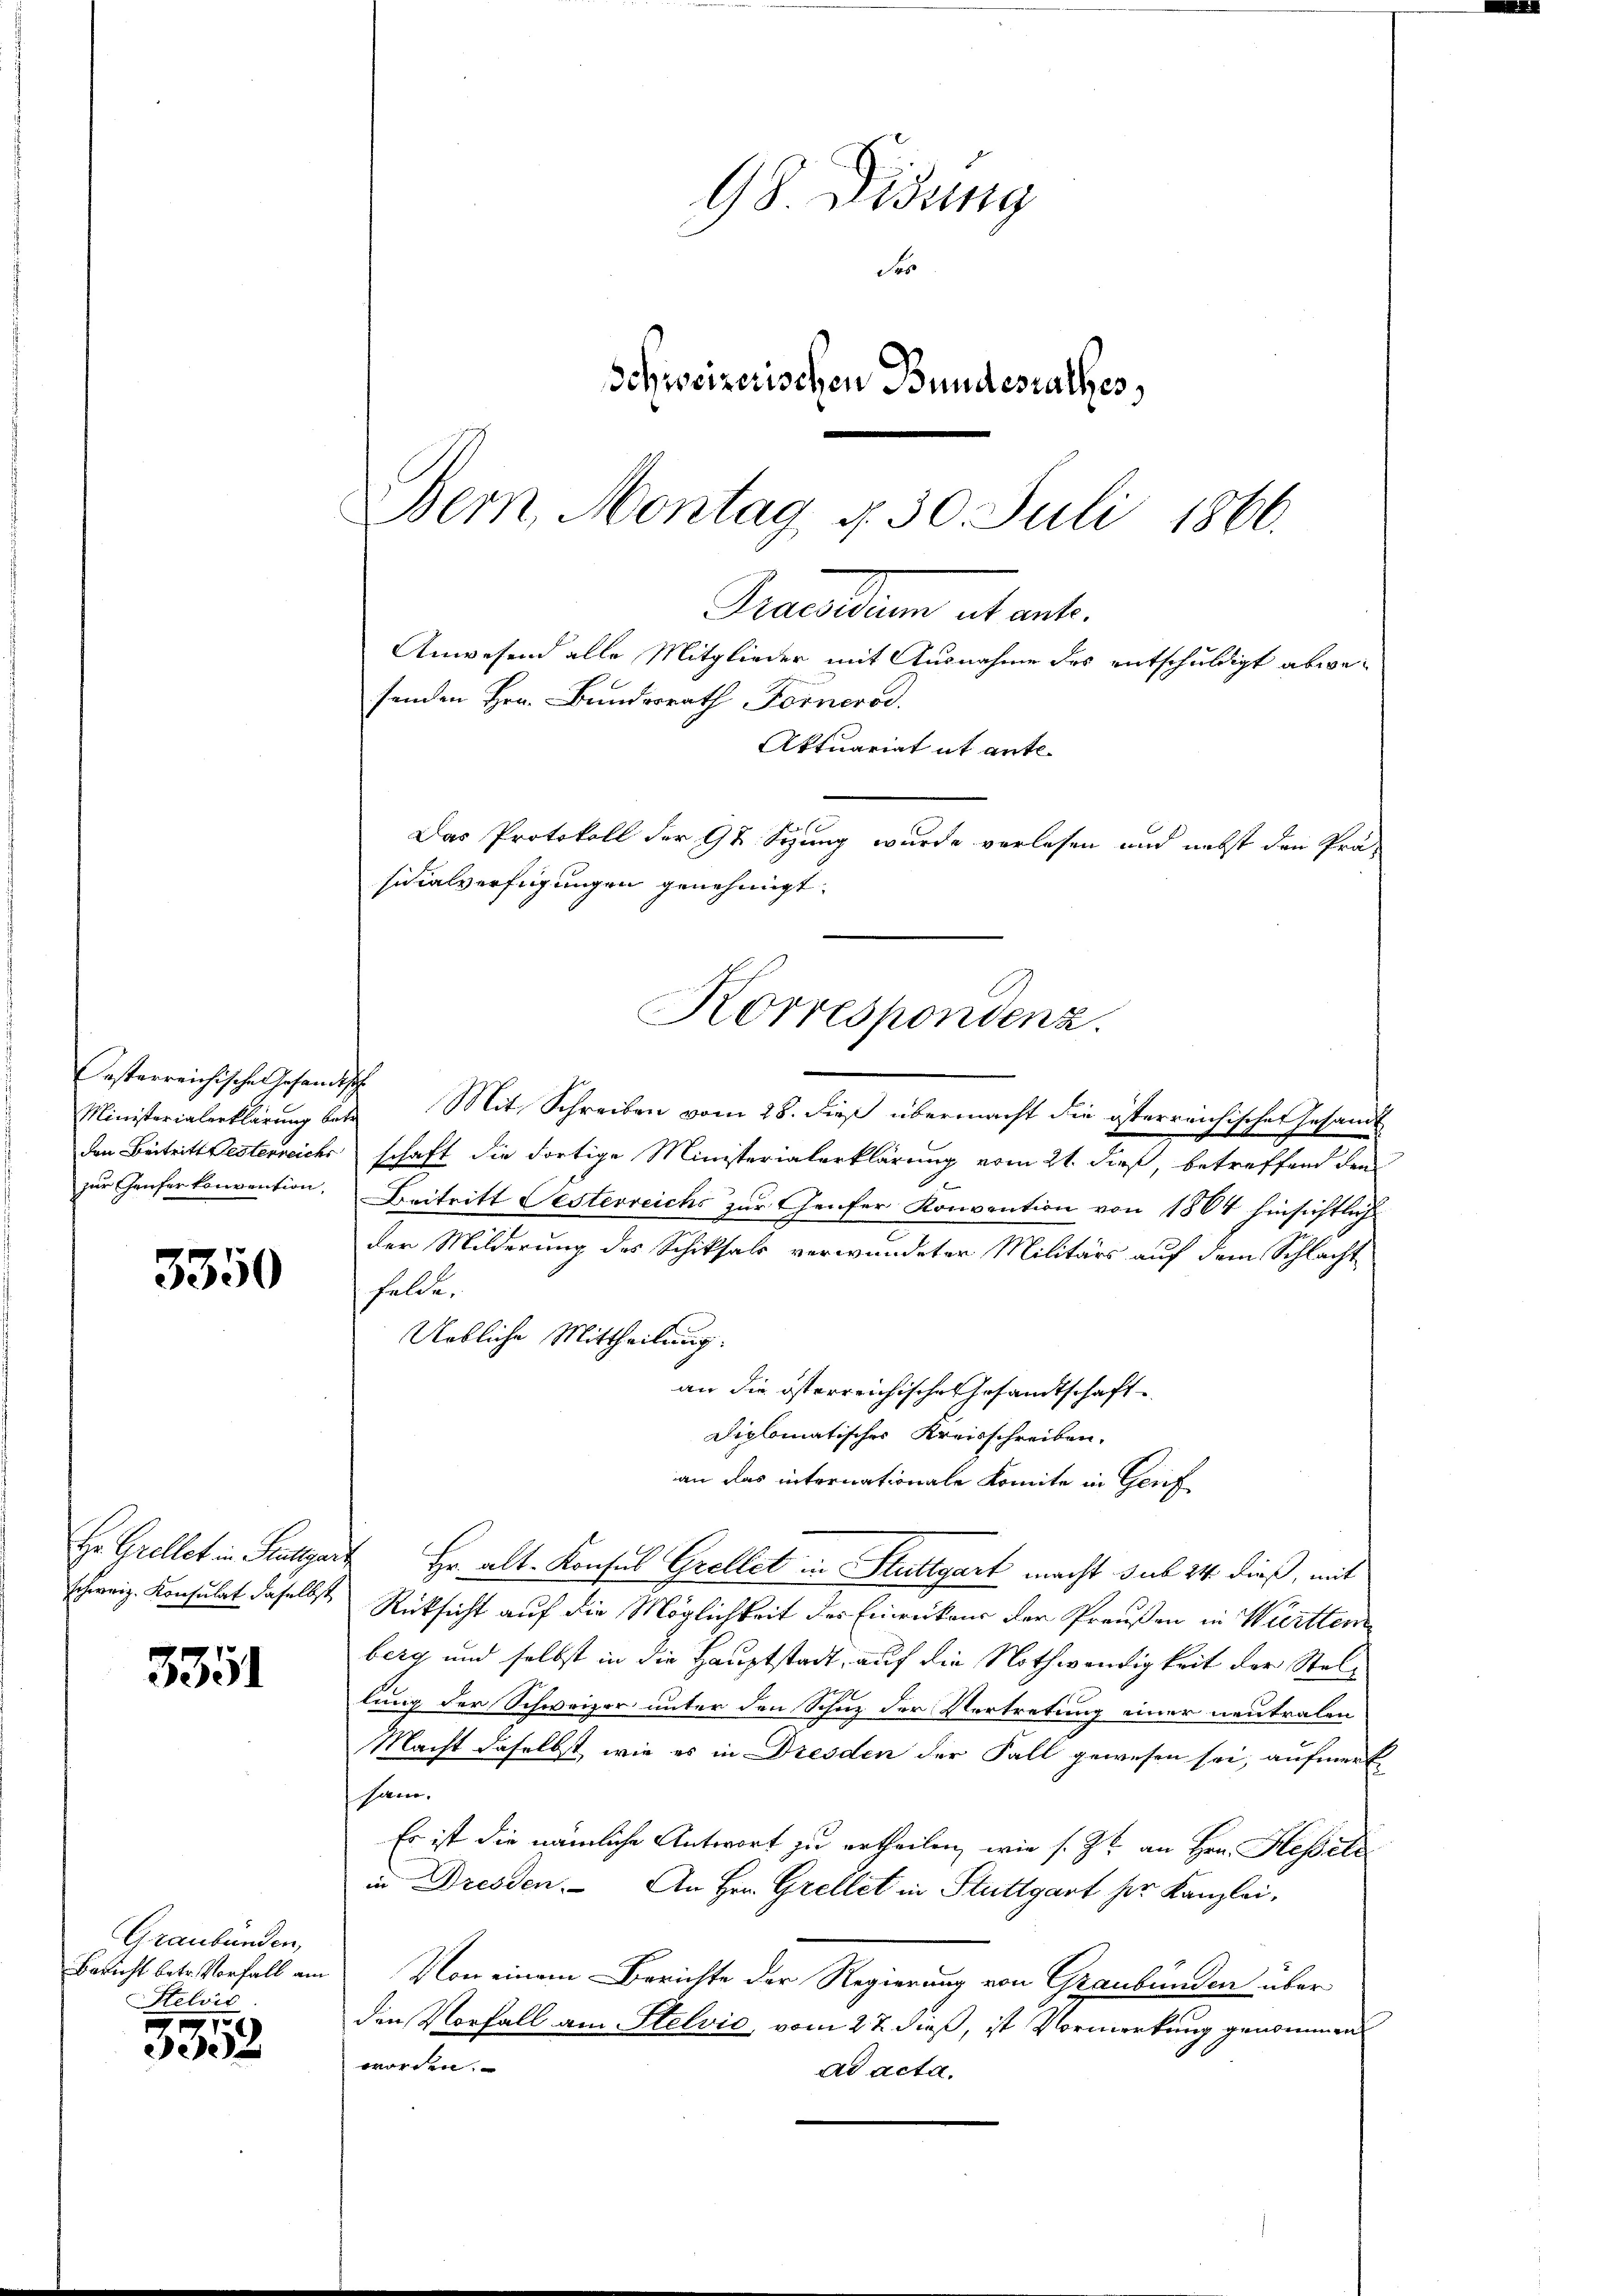
Castarreichische Gesandt
Ministerialerklärung bet
den Beitritt Festerreichs
zur Genfer konvention,

3350

H. Grellet in Seeliger
schweiz. Konsulat daselbst

3351

Graubünden,
Bericht betr. Vorfall am
Stelvis

3352

98 Didung
Fer
Schweizerischen Bundesrathes,
Bern, Montag §. 30. Juli 1866.

senden Hrn. Bundesrath Fornerod.
sicialverfügungen genehmigt.
Korrespondenz.
sche

Mit Schreiben vom 28. dieß übermacht die österreichischen Gesandt
schaft die dortige Ministerialerklärung vom 21. dieß, betreffend den
Beitritt Oesterreichs zur Genfer Konvention von 1804 hinsichtlich
der Milderung des Schiksals verwundeter Militärs auf dem Schlacht
felde.
Uebliche Mittheilung.
an die österreichisches Gesandtschaft
Diplomatisches Kreisschreiben.
an das internationale Komite in Gerif
 Hr. alt. Konsul Grellet in Stuttgart macht sub 24. dieß, mit
Rücksicht auf die Möglichkeit der Einrückens der Preußen in Württem
berg und selbst in die Hauptstadt, auf die Nothwendigkeit der Stellung der Schweizer unter den Schuz der Vertretung einer neutralen
Macht daselbst, wie es in Dresden der Fall gewesen sei, aufmerk
sam.
Es ist die nämliche Antwort zu ertheilen, wie s. Zt. an Hrn. Hesseli
in Dresden. An Hrn. Grellet in Stuttgart her Kanzlei-
Von einem Berichte der Regierung von Graubünden über
den Vorfall am Stelvić, vom 22. dieß, ist Vormerkung genommen
worden.
ad acta.

Praesidium et ent¬
Anwesend alle Mitglieder mit Ausnahme des entschuldigt abwe¬
Aktuariat it ante.
Das Protokoll der 9½ Stung wurde verlesen und nebst den Prä-